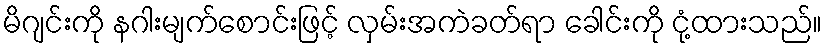
မိဂျင်းကို နဂါးမျက်စောင်းဖြင့် လှမ်းအကဲခတ်ရာ ခေါင်းကို ငုံ့ထားသည်။